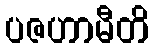
ပဇဟာမီတိ